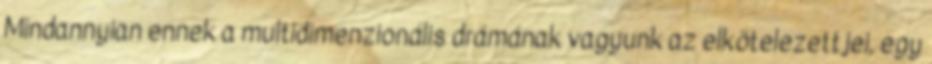
Mindannyian ennek a multidimenzionális drámának vagyunk az elkötelezettjei, egy